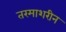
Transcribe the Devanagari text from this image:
तरमाशरीन